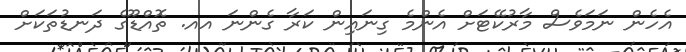
އެހެން ނަމަވެސް މާރުކޭޓަށް އެންމެ ގިނައިން ކަރާ ގެންނަ އއ. ތޮއްޑޫގެ ދަނޑުތަކަށް